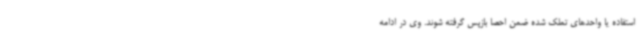
استفاده یا واحدهای تملک شده ضمن احصا بازپس گرفته شوند. وی در ادامه